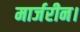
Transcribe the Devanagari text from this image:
मार्जरीन।